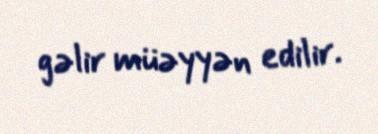
gəlir müəyyən edilir.